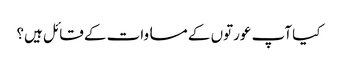
کیا آپ عورتوں کے مساوات کے قائل ہیں؟